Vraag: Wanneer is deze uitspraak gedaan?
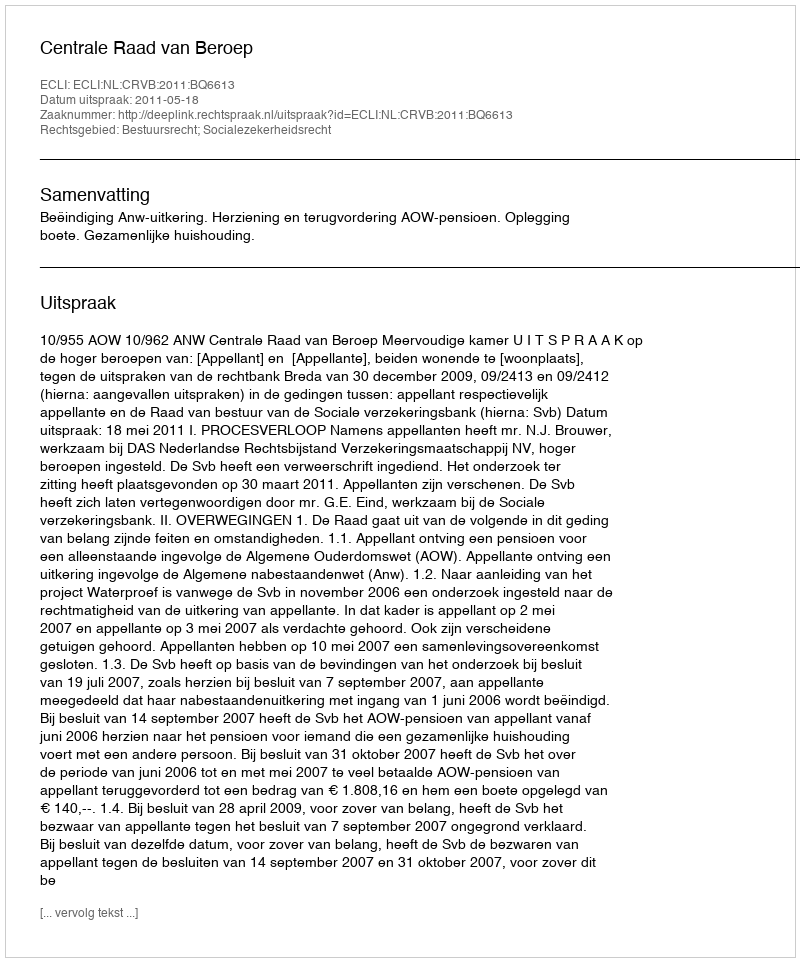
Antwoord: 2011-05-18